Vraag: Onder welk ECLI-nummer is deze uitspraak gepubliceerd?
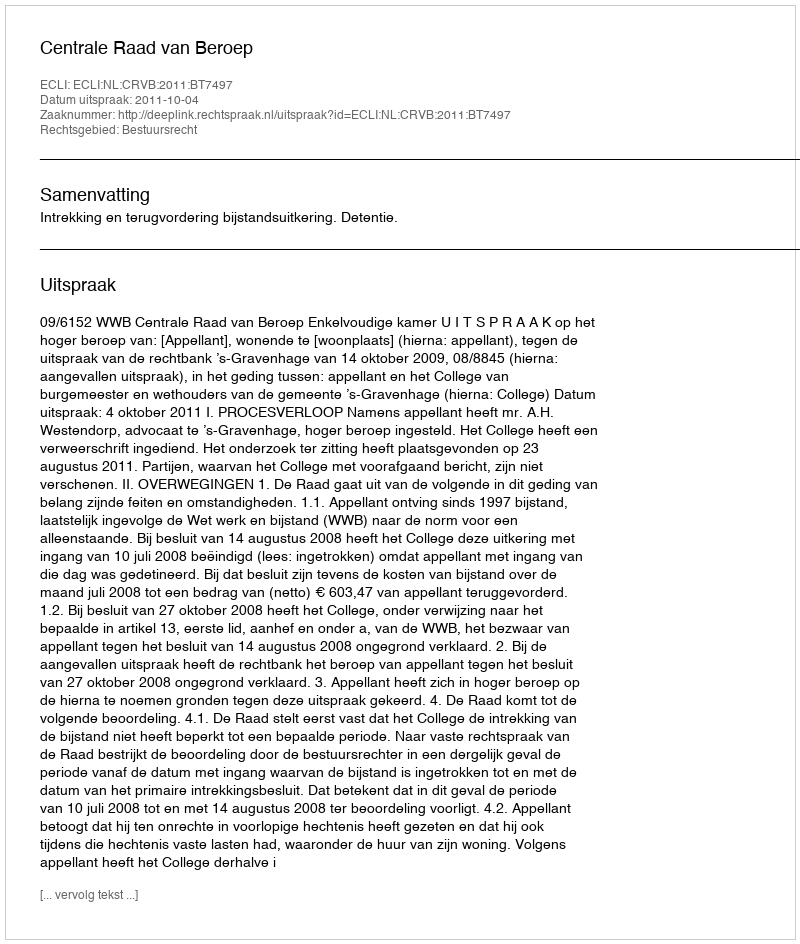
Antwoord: ECLI:NL:CRVB:2011:BT7497